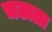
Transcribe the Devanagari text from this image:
चटाता